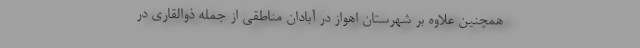
همچنین علاوه بر شهرستان اهواز در آبادان مناطقی از جمله ذوالقاری در